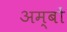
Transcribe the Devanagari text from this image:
अम्बों